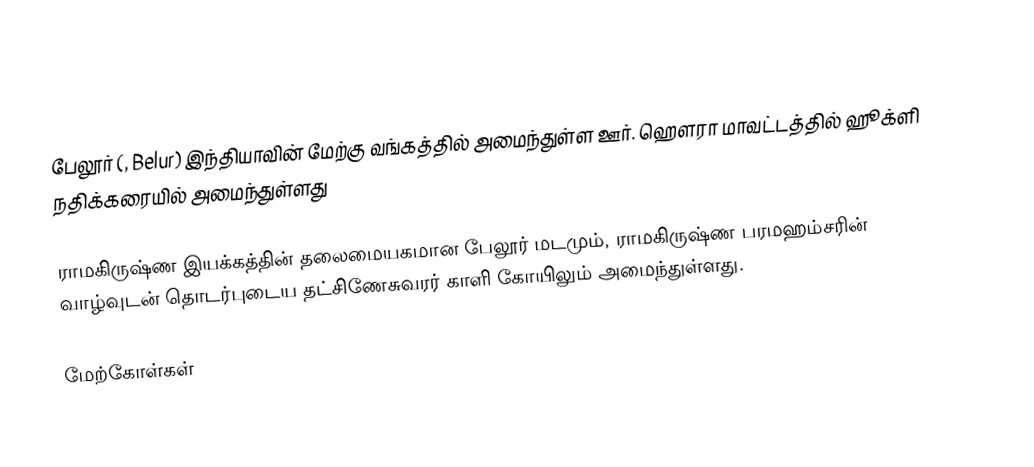
பேலூர் (, Belur) இந்தியாவின் மேற்கு வங்கத்தில் அமைந்துள்ள ஊர். ஹௌரா மாவட்டத்தில் ஹூக்ளி நதிக்கரையில் அமைந்துள்ளது

ராமகிருஷ்ண இயக்கத்தின் தலைமையகமான பேலூர் மடமும், ராமகிருஷ்ண பரமஹம்சரின் வாழ்வுடன் தொடர்புடைய தட்சிணேசுவரர் காளி கோயிலும் அமைந்துள்ளது.

மேற்கோள்கள்